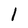
Character: l